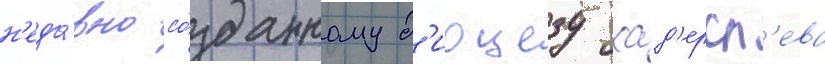
н'еда́вно со́зданному д'иоцезу хад'ерсл'ева